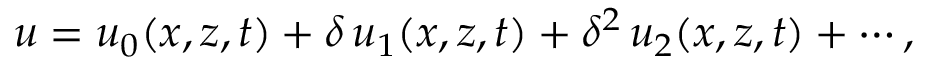
u = u _ { 0 } ( x , z , t ) + \delta \, u _ { 1 } ( x , z , t ) + \delta ^ { 2 } \, u _ { 2 } ( x , z , t ) + \cdots ,